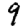
Digit: 9